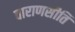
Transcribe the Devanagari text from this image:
वाराणसीति